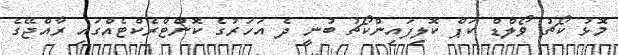
މޮޅު ކޯޗު ވޯލްޑް ކަޕް ކޮލިފައިންކޯޗު ބުނީ ދެ އަހަރުގެ ކޮންޓްރެކްޓެއްގައި ރާއްޖޭގެ